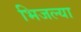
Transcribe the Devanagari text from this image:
भिजल्या